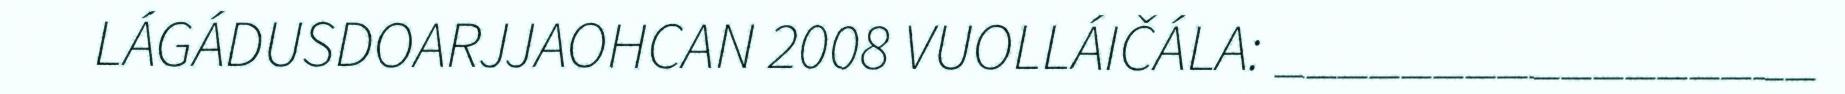
LÁGÁDUSDOARJJAOHCAN 2008 VUOLLÁIČÁLA: _________________